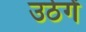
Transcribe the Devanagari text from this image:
उठेगें